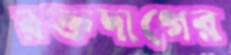
রক্তদাগের